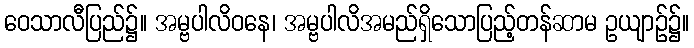
ဝေသာလီပြည်၌။ အမ္ဗပါလိဝနေ၊ အမ္ဗပါလိအမည်ရှိသောပြည့်တန်ဆာမ ဥယျာဉ်၌။